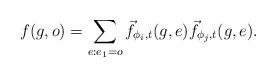
LaTeX: \begin{align*} f(g, o) = \sum_{e: e_1 = o} \vec f_{\phi_i, t}(g, e) \vec f_{\phi_j, t}(g, e). \end{align*}